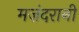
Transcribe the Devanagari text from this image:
मज़ंदरानी